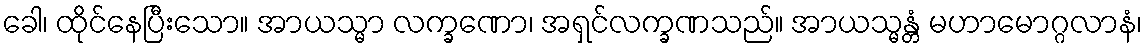
ခေါ၊ ထိုင်နေပြီးသော။ အာယသ္မာ လက္ခဏော၊ အရှင်လက္ခဏသည်။ အာယသ္မန္တံ မဟာမောဂ္ဂလာနံ၊